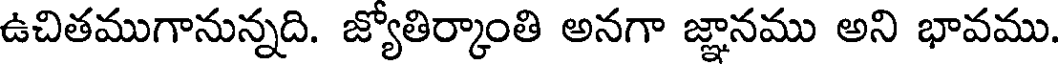
ఉచితముగానున్నది. జ్యోతిర్కాంతి అనగా జ్ఞానము అని భావము.